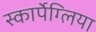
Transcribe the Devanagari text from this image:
स्कार्पेग्लिया